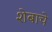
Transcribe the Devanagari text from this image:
शेबाचे